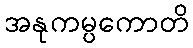
အနုကမ္ပကောတိ